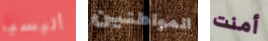
أليسيا المواطنين أمنت